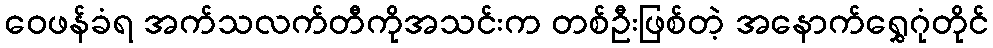
ဝေဖန်ခံရ အက်သလက်တီကိုအသင်းက တစ်ဦးဖြစ်တဲ့ အနောက်ရွှေဂုံတိုင်